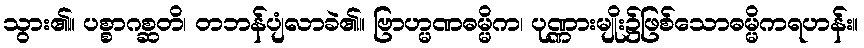
သွား၏။ ပစ္စာဂစ္ဆတိ၊ တဘန်ပျံလာခဲ၏။ ဗြာဟ္မဏဓမ္မိက၊ ပုဏ္ဏားမျိုး၌ဖြစ်သောဓမ္မိကရဟန်း။